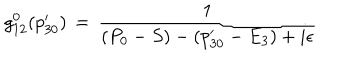
LaTeX: g _ { 1 2 } ^ { 0 } ( p _ { 3 0 } ^ { \prime } ) \, = \, { \frac { 1 } { ( P _ { 0 } - S ) - ( p _ { 3 0 } ^ { \prime } - E _ { 3 } ) + i \epsilon } }